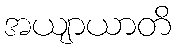
အယျာယာတိ